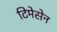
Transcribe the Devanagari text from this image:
टिमेसेन